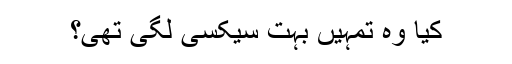
کیا وہ تمہیں بہت سیکسی لگی تھی؟